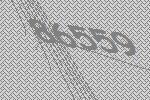
86559